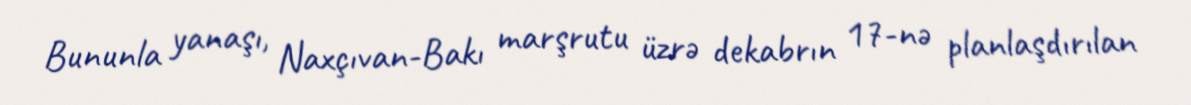
Bununla yanaşı, Naxçıvan-Bakı marşrutu üzrə dekabrın 17-nə planlaşdırılan